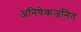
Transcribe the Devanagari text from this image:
अनिषेकजनित